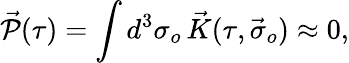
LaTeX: \vec{\cal P}(\tau)=\int d^{3}\sigma_{o}\, \vec{K}(\tau,\vec{\sigma}_{o})\approx 0,